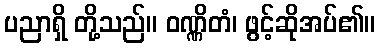
ပညာရှိ တို့သည်။ ဝဏ္ဏိတံ၊ ဖွင့်ဆိုအပ်၏။